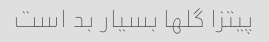
پیتزا گلها بسیار بد است